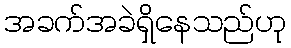
အခက်အခဲရှိနေသည်ဟု